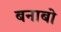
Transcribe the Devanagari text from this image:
बनाबो